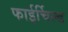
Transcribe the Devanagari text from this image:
फाईर्चिल्ड